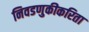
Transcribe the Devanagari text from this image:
निवडणुकीकरिता